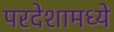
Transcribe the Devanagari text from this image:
परदेशामध्ये